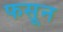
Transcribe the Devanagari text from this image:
फसून